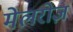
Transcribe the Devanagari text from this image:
मेलरोज़